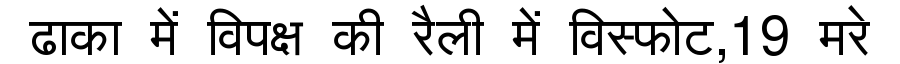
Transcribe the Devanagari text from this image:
ढाका में विपक्ष की रैली में विस्फोट,19 मरे